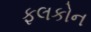
ફલકોન